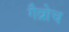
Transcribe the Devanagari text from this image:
गैव्रोच